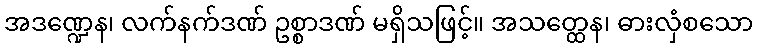
အဒဏ္ဍေန၊ လက်နက်ဒဏ် ဥစ္စာဒဏ် မရှိသဖြင့်။ အသတ္ထေန၊ ဓားလှံစသော